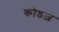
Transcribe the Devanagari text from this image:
कोडज़